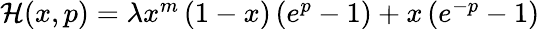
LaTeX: \begin{array}{r}{\mathcal{H}(x,p)=\lambda{x^{m}}\left({1-x}\right)\left({{e^{p}}-1}\right)+x\left({{e^{-p}}-1}\right)}\end{array}